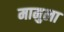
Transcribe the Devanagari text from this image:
मामुला